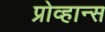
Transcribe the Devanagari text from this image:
प्रोव्हान्स